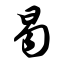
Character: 曷